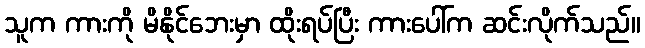
သူက ကားကို မိနိုင်ဘေးမှာ ထိုးရပ်ပြီး ကားပေါ်က ဆင်းလိုက်သည်။